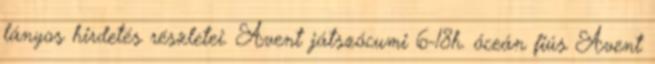
lányos hirdetés részletei. Avent játszócumi 6-18h. óceán fiús Avent